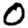
Digit: 0